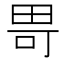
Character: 𪽍